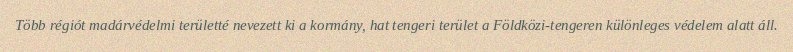
Több régiót madárvédelmi területté nevezett ki a kormány, hat tengeri terület a Földközi-tengeren különleges védelem alatt áll.